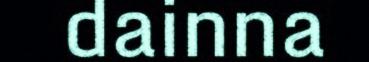
dainna